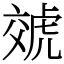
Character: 虠